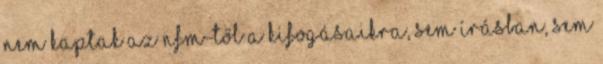
nem kaptak az NFM-től a kifogásaikra, sem írásban, sem